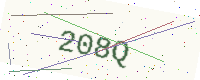
Text: 208Q